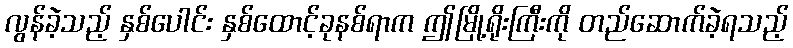
လွန်ခဲ့သည့် နှစ်ပေါင်း နှစ်ထောင့်ခုနစ်ရာက ဤမြို့ရိုးကြီးကို တည်ဆောက်ခဲ့ရသည့်